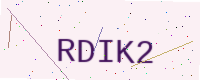
Text: RDIK2